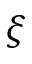
\xi